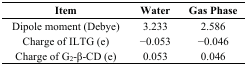
<table><thead><tr><td><b>Item</b></td><td><b>Water</b></td><td><b>Gas Phase</b></td></tr></thead><tbody><tr><td>Dipole moment (Debye)</td><td>3.233</td><td>2.586</td></tr><tr><td>Charge of ILTG (e)</td><td>−0.053</td><td>−0.046</td></tr><tr><td>Charge of G<sub>2</sub>-β-CD (e)</td><td>0.053</td><td>0.046</td></tr></tbody></table>